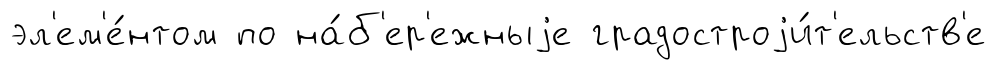
эл'ем'е́нтом по на́б'ер'ежныjе градостроjи́т'ельств'е